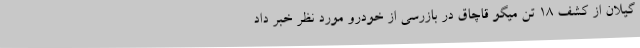
گیلان از کشف ۱۸ تن میگو قاچاق در بازرسی از خودرو مورد نظر خبر داد